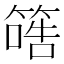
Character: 𥱠